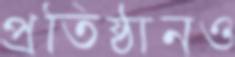
প্রতিষ্ঠানও